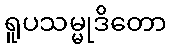
ရူပသမ္မုဒိတော